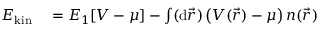
\begin{array} { r l } { E _ { \mathrm { k i n } } } & { { } = E _ { 1 } [ V - \mu ] - \int ( \mathrm { d } \vec { r } ) \, \big ( V ( \vec { r } ) - \mu \big ) \, n ( \vec { r } ) } \end{array}